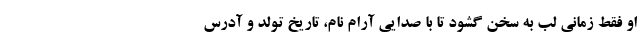
او فقط زمانی لب به سخن گشود تا با صدایی آرام نام، تاریخ تولد و آدرس